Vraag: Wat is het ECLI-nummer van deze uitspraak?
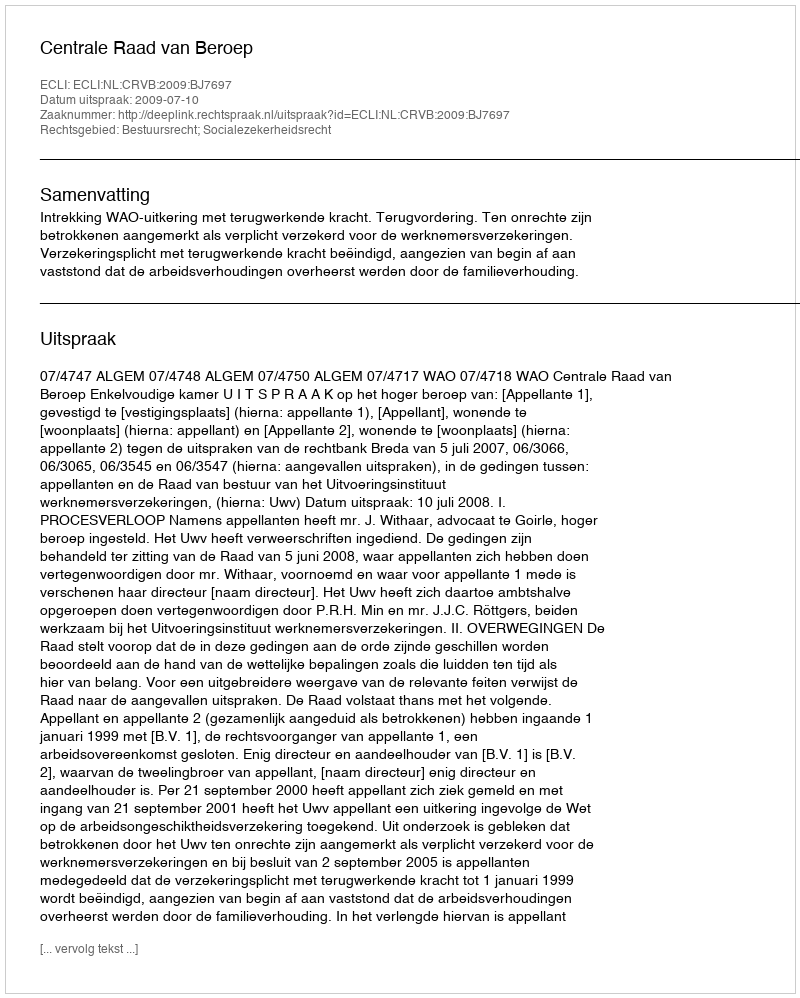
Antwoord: ECLI:NL:CRVB:2009:BJ7697